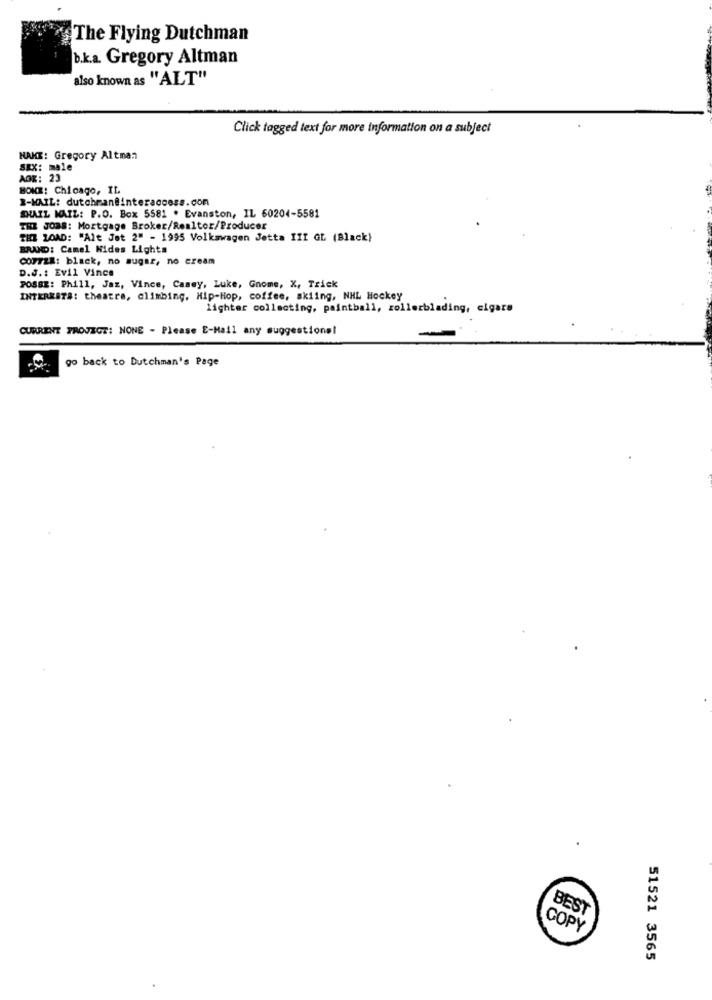
The Flying Dutchman
b.k.a. Gregory Altman
also known as "ALT"
Click tagged text for more information on a subject
NAME: Gregory Altman
SEX: male
AOK: 23
BONE: Chicago, IL.
2-MAIL: dutchman@interaccess.con
SHAIL MAIL: P.O. Box 5581 . Evanston, IL 60204-5581
THE JOBS: Mortgage Broker/Realtor/Producer
THE LOAD: "Alt Jet 2" - 1995 Volkswagen Jetta III GL (Black)
BRAND: Camel Wides Lights
COTTZA: black, no sugar, no cream
D.J .: Evil Vince
POSSE: Phill, Jaz, Vince, Casey, Luke, Gnome, X, Trick
INTERESTS: theatre, climbing. Hip-Hop, coffee, skiing, NHL Hockey
lighter collecting, paintball, rollerblading, cigare
CURRENT PROJECT: NONE - Please E-Mail any suggestionøl
-
go back to Dutchman's Page
BEST
COPY
51521 3565